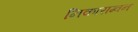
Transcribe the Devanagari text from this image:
निकाराग्वन